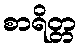
စာရိတ္တ